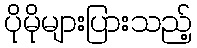
ပိုမိုများပြားသည့်